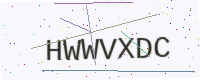
Text: HWWVXDC